system: You are a helpful assistant.
user:
Analyze the provided spectrum to determine if it is a **M-type Giant (gM)**.

A M-type Giant spectrum is defined by its **strong molecular absorption** features, particularly from **Titanium Oxide (TiO)**. You must check for one of the following mutually exclusive signatures:

- **Key Visual Indicators (Absorption-Dominated Spectrum):**

    - **(Primary):** The spectrum is dominated by strong molecular absorption from **Titanium Oxide (TiO)**. This is the **defining feature** of its M-type temperature class.
        - **(Key Bandheads):** Look for sharp, "saw-tooth" absorption valleys. The strongest are located near **~7050 Å**, **~6160 Å**, and **~5170 Å**.
        - **(Line Profile):** The "saw-tooth" morphology is critical: a **sharp, steep drop on the BLUE (short-wavelength) side** of the bandhead, followed by a gradual recovery (rising flux) towards the RED (long-wavelength) side.

    - **(Key Confirmation - Giant vs. Dwarf):** **ABSENCE** of strong **Calcium Hydride (CaH)** molecular bands. This is the primary diagnostic for *excluding* M-dwarfs.
        - **(Key Region):** The spectrum should lack the strong, broad absorption band seen in dwarfs between **~6800 Å and ~7000 Å**.

    - **(Secondary Confirmation - Giant):** A very strong and broad **Neutral Calcium (Ca I)** atomic absorption line.
        - **(Key Line):** Located at **~4226 Å**. In a giant (gM), this line is significantly deeper and broader than the same line in an M-dwarf (dM) due to low surface gravity.

    - **(Overall Spectrum):**
        - The continuum is **extremely red-sloping** (i.e., flux is very low in the blue and rises dramatically towards the red).
        - The entire spectrum appears "chopped up" by the deep TiO bands.

Think first, call **spectral_visualization_tool** if needed to examine features in detail, then provide your final answer. Your response must adhere to the following strict rules:
1.  **Overall Structure:** Your response must follow the format `<think>...</think> <tool_call>...</tool_call> (if a tool is used) <answer>...</answer>`.
2.  **Tool Usage Constraint:** You may only make **one** tool call per turn.
3.  **Final Answer Format:** In the `<answer>` tag, your conclusion must be inside a `\boxed{}` command (e.g., `\boxed{YES}` or `\boxed{NO}`), followed by your justification.

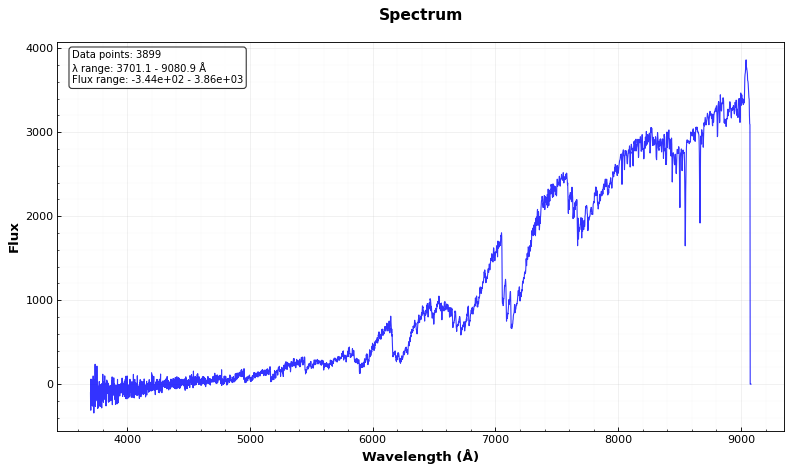
Answer: YES